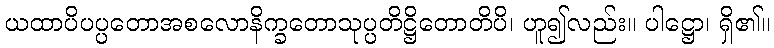
ယထာပိပပ္ပတောအစလောနိက္ခတောသုပ္ပတိဋ္ဌိတောတိပိ၊ ဟူ၍လည်း။ ပါဋ္ဌော၊ ရှိ၏။